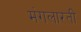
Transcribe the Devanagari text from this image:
मंगलारती